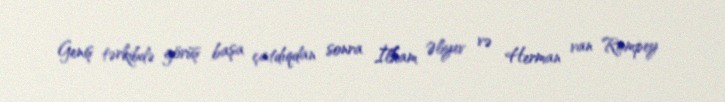
Geniş tərkibdə görüş başa çatdıqdan sonra İlham Əliyev və Herman van Rompey